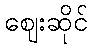
ဈေးဆိုင်